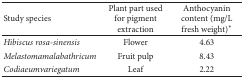
| Study species | Plant part used for pigment extraction | Anthocyanin content (mg/L fresh weight)* |
 | --- | --- | --- |
 | Hibiscus rosa-sinensis | Flower | 4.63 |
 | Melastomamalabathricum | Fruit pulp | 8.43 |
 | Codiaeumvariegatum | Leaf | 2.22 |